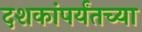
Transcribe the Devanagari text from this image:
दशकांपर्यंतच्या